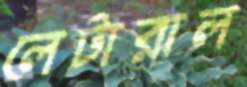
লেটারাল